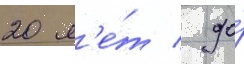
20 л'е́т / до́